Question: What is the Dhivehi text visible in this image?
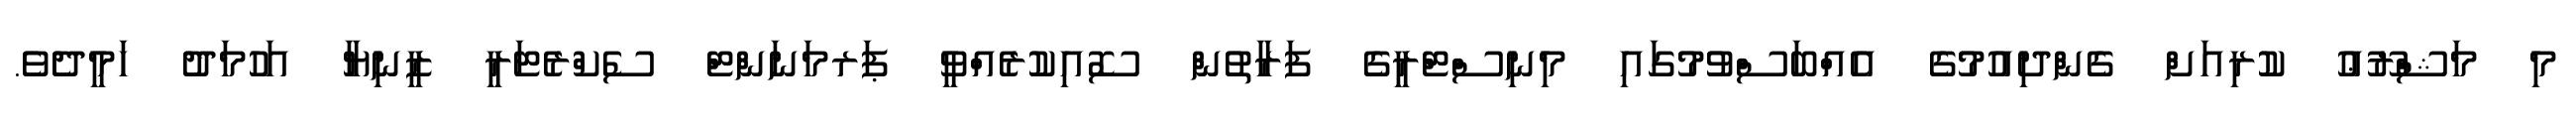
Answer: މި މަޝްރޫޢު ކުރިއަށް ގެންދިއުމުގެ އެއްބަސްވުމުގައި މިނިސްޓްރީގެ ފަރާތުން ސޮއިކުރެއްވީ ޕަރމަނަންޓް ސެކްރެޓަރީ ޒީނިޔާ އަހުމަދު ހަމީދެވެ.